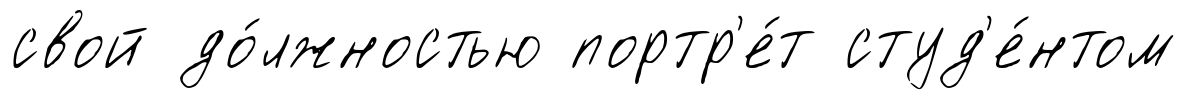
свой до́лжностью портр'е́т студ'е́нтом